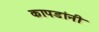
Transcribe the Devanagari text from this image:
कापडांनी